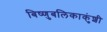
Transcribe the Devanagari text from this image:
बिष्णुबलिकाकुंशी